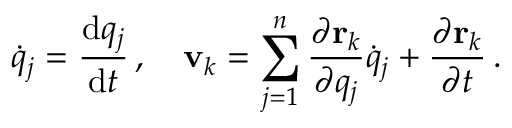
{ \dot { q } } _ { j } = { \frac { \mathrm { d } q _ { j } } { \mathrm { d } t } } \, , \quad \mathbf { v } _ { k } = \sum _ { j = 1 } ^ { n } { \frac { \partial \mathbf { r } _ { k } } { \partial q _ { j } } } { \dot { q } } _ { j } + { \frac { \partial \mathbf { r } _ { k } } { \partial t } } \, .